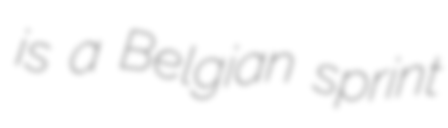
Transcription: is a Belgian sprint